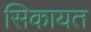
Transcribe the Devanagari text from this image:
सिकायत